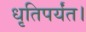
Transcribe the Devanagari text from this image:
धृतिपर्यंत।